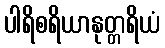
ပါရိစရိယာနုတ္တရိယံ